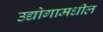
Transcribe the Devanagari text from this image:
उद्योगामधील